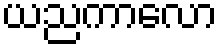
ယညကာလော